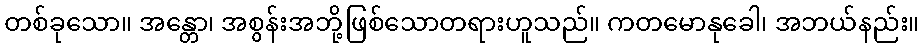
တစ်ခုသော။ အန္တော၊ အစွန်းအဘို့ဖြစ်သောတရားဟူသည်။ ကတမောနုခေါ၊ အဘယ်နည်း။